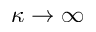
\kappa \rightarrow \infty